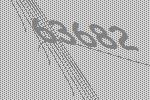
63682